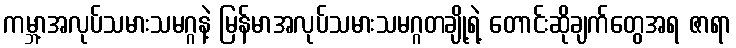
ကမ္ဘာ့အလုပ်သမားသမဂ္ဂနဲ့ မြန်မာအလုပ်သမားသမဂ္ဂတချို့ရဲ့ တောင်းဆိုချက်တွေအရ ဇာရာ